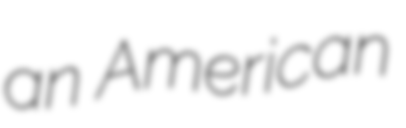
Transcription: an American